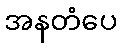
အနတံပေ